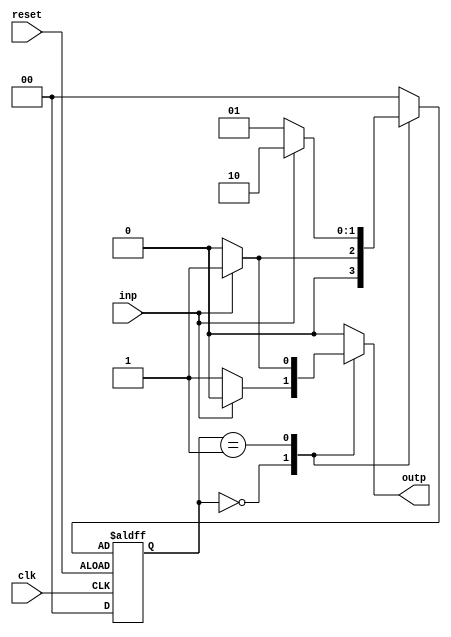
module fsm (
    input wire clk,
    input wire reset,
    input wire inp,
    output wire outp
);

// Define states
parameter S0 = 2'b00;
parameter S1 = 2'b01;
parameter S2 = 2'b10;

// Define outputs for each state
reg outp;

// Define current state
reg [1:0] state, next_state;

// State transition and output logic
always @ (posedge clk or negedge reset) begin
    if (reset) begin
        state <= S0;
    end else begin
        state <= next_state;
    end
end

always @ (*) begin
    case (state)
        S0: begin
            if (inp) begin
                next_state = S1;
                outp = 1'b0;
            end else begin
                next_state = S0;
                outp = 1'b1;
            end
        end
        S1: begin
            if (inp) begin
                next_state = S2;
                outp = 1'b1;
            end else begin
                next_state = S1;
                outp = 1'b0;
            end
        end
        S2: begin
            next_state = S0;
            outp = 1'b0;
        end
        default: begin
            next_state = S0;
            outp = 1'b0;
        end
    endcase
end

endmodule